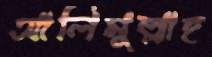
আলিমুল্লাহ